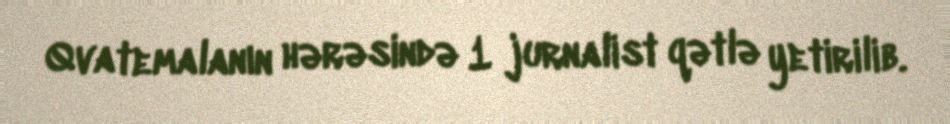
Qvatemalanın hərəsində 1 jurnalist qətlə yetirilib.